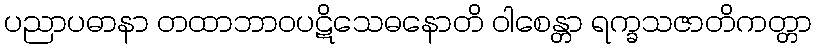
ပညာပဓာနာ တထာဘာဝပဋိသေဓနောတိ ဝါစေန္တာ ရက္ခသဇာတိကတ္တာ